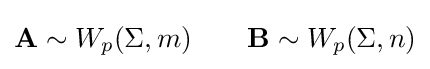
\mathbf {A} \sim W_{p}(\Sigma ,m)\qquad \mathbf {B} \sim W_{p}(\Sigma ,n)